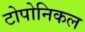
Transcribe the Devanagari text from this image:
टोपोनिकल